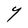
Character: Y